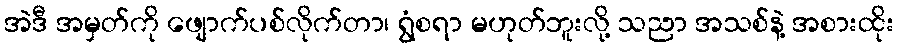
အဲဒီ အမှတ်ကို ဖျောက်ပစ်လိုက်တာ၊ ရွံစရာ မဟုတ်ဘူးလို့ သညာ အသစ်နဲ့ အစားထိုး